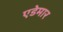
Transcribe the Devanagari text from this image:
एडेमार